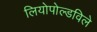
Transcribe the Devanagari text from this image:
लियोपोल्डविले